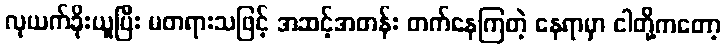
လုယက်ခိုးယူပြီး မတရားသဖြင့် အဆင့်အတန်း တက်နေကြတဲ့ နေရာမှာ ငါတို့ကတော့